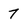
Character: 7